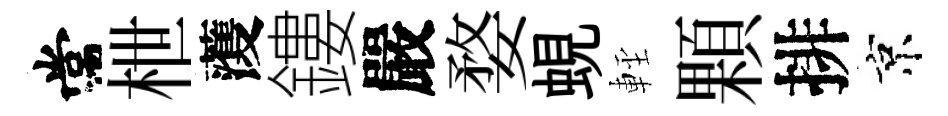
常枻𮑮鏤嚴婺蜆䡖顆排京